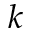
k